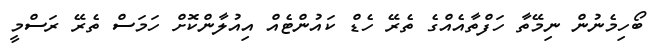
ބޯހިމެނުން ނިމޭތާ ހަފްތާއެއްގެ ތެރޭ ހެޑް ކައުންޓެއް އިއުލާންކޮށް ހަމަސް ތެރޭ ރަސްމީ